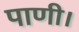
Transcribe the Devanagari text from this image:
पाणी।